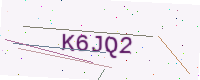
Text: K6JQ2